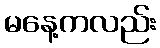
မနေ့ကလည်း